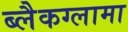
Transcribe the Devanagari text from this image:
ब्लैकग्लामा